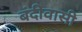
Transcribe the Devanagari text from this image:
बंदीवासी